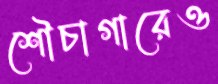
শৌচাগারেও